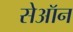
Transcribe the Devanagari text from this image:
सेऑन